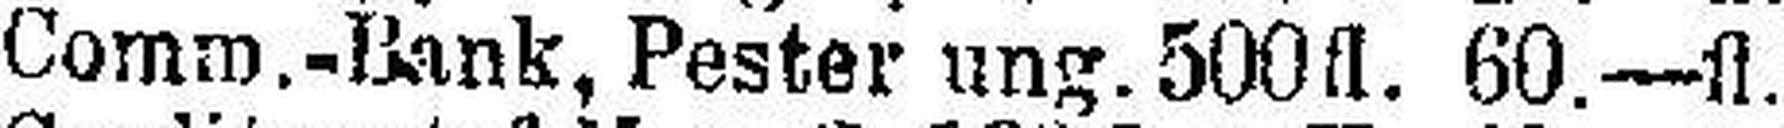
Comm.-Bank, Pester ung. 500fl. 60.—fl.